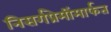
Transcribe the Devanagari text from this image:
निसर्गप्रेमींमार्फत